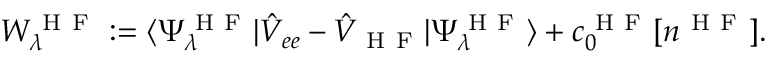
W _ { \lambda } ^ { \mathrm { ~ H ~ F ~ } } : = \langle \Psi _ { \lambda } ^ { \mathrm { ~ H ~ F ~ } } | \hat { V } _ { e e } - \hat { V } _ { \mathrm { ~ H ~ F ~ } } | \Psi _ { \lambda } ^ { \mathrm { ~ H ~ F ~ } } \rangle + c _ { 0 } ^ { \mathrm { ~ H ~ F ~ } } [ n ^ { \mathrm { ~ H ~ F ~ } } ] .